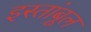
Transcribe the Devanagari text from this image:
इस्तांबूल